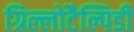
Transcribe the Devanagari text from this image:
ग्रिल्लोटैल्पिडी